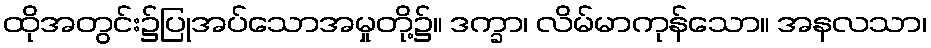
ထိုအတွင်း၌ပြုအပ်သောအမှုတို့၌။ ဒက္ခာ၊ လိမ်မာကုန်သော။ အနလသာ၊